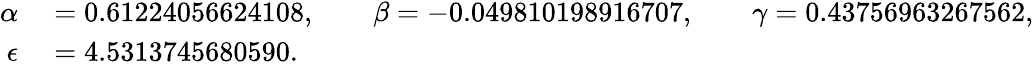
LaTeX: \begin{array}{rl}{\alpha}&{{}=0.61224056624108,\qquad\beta=-0.049810198916707,\qquad\gamma=0.43756963267562,}\\ {\epsilon}&{{}=4.5313745680590.}\end{array}